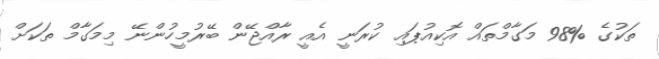
ތަކުގެ %98 މަގާމްތައް އޮކިއުޕައި ކުރަނީ އެއީ ރާއްޖޭން ބޭރުމީހުންނޭ މިމަގާމް ތަކަށް